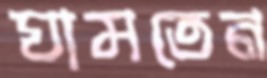
ঘামতেন